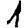
Digit: 1